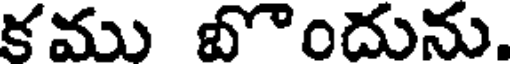
కము బొందును.